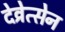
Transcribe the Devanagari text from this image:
देव्रेत्सेन